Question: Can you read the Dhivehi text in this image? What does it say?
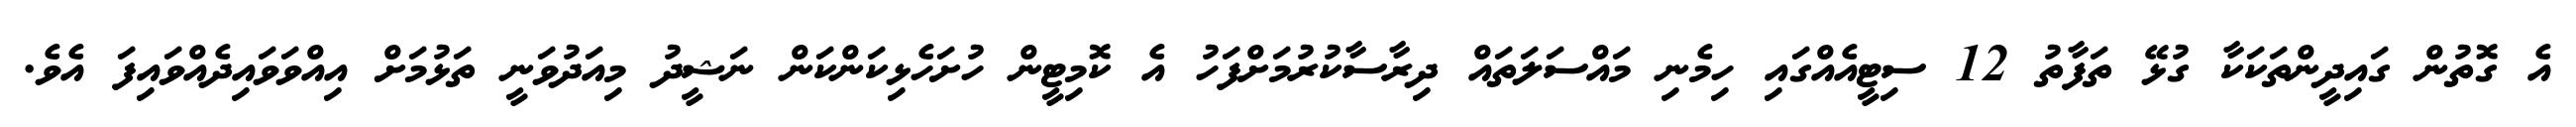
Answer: އެ ގޮތުން ގައިދީންތަކަކާ ގުޅޭ ތަފާތު 12 ސިޓީއެއްގައި ހިމެނި މައްސަލަތައް ދިރާސާކުރުމަށްފަހު އެ ކޮމިޓީން ހުށަހެޅިކަންކަން ނަޝީދު މިއަދުވަނީ ތަޅުމަށް އިއްވަވައިދެއްވައިފަ އެވެ.